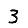
Digit: 3